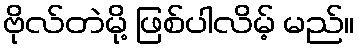
ဗိုလ်တဲမို့ ဖြစ်ပါလိမ့် မည်။